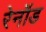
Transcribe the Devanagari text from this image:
रेनॉड